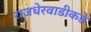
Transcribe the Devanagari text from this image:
राजधेरवाडीकडे